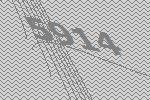
5914